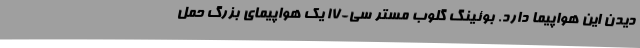
دیدن این هواپیما دارد. بوئینگ گلوب مستر سی-۱۷ یک هواپیمای بزرگ حمل